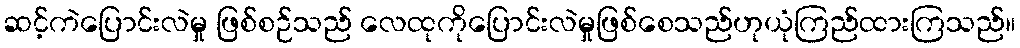
ဆင့်ကဲပြောင်းလဲမှု ဖြစ်စဉ်သည် လေထုကိုပြောင်းလဲမှုဖြစ်စေသည်ဟုယုံကြည်ထားကြသည်။